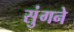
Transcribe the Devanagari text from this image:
सुंगने